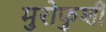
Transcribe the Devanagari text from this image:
मुरोफुशी